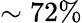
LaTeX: \sim 72\%